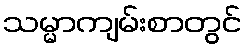
သမ္မာကျမ်းစာတွင်